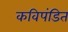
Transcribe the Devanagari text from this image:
कविपंडित